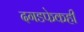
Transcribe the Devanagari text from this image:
दगडफेकही